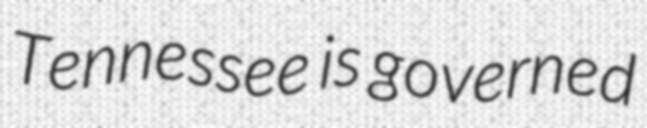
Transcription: Tennessee is governed